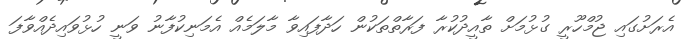
އެރަށުގައި ޖުމްހޫރީ ގުޅުމަށް ތާއީދުކުރާ ފަރާތްތަކުން ހަދާފައިވާ މާލަމެއް އެމަނިކުފާނު ވަނީ ހުޅުވައިދެއްވާފަ